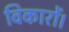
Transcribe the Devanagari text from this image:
विकारों।